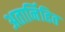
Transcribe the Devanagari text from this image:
अतार्निहित